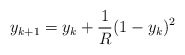
\begin{align*}y_{k+1}=y_k+\frac1R(1-y_k)^2\end{align*}